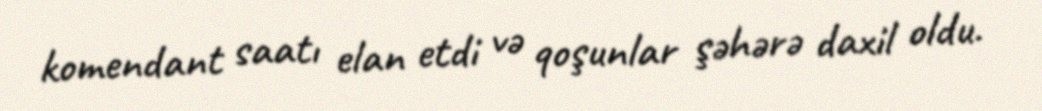
komendant saatı elan etdi və qoşunlar şəhərə daxil oldu.